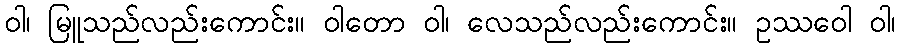
ဝါ၊ မြူသည်လည်းကောင်း။ ဝါတော ဝါ၊ လေသည်လည်းကောင်း။ ဥဿဝေါ ဝါ၊